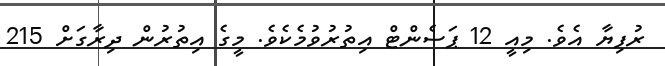
ރުފިޔާ އެވެ. މިއީ 12 ޕަސެންޓް އިތުރުވުމެކެވެ. މީގެ އިތުރުން ދިރާގަށް 215